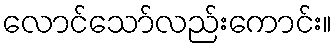
လောင်သော်လည်းကောင်း။